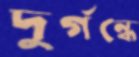
দুর্গন্ধে